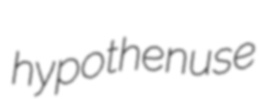
hypothenuse